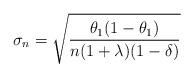
LaTeX: \begin{align*}\sigma_n=\sqrt{\frac{\theta_1(1-\theta_1) }{n(1+\lambda)(1-\delta)} }\end{align*}